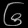
Digit: ၆